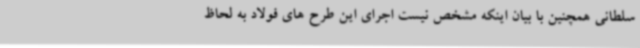
سلطانی همچنین با بیان اینکه مشخص نیست اجرای این طرح های فولاد به لحاظ